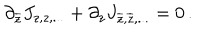
\partial _ { \overline { { { z } } } } J _ { z , z , . . . } + \partial _ { z } J _ { \overline { { { z } } } , \overline { { { z } } } , . . . } = 0 \, .